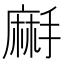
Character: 𪎚